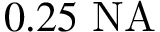
0 . 2 5 ~ \mathrm { N A }